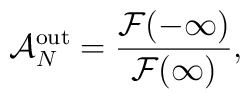
{\cal A}_N^{\rm out} = { {\cal F}(-\infty) \over {\cal F}(\infty)},